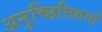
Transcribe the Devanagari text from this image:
अनुच्छित्तिधर्मा